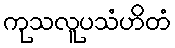
ကုသလူပသံဟိတံ